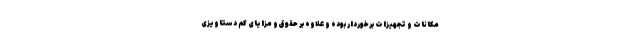
مکانات و تجهیزات برخوردار بوده و علاوه بر حقوق و مزایای کم دستاویزی